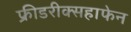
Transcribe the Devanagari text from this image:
फ्रीडरीक्सहाफेन